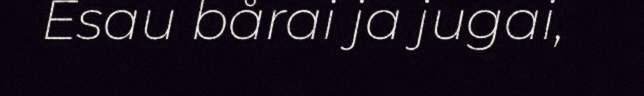
Esau bårai ja jugai,